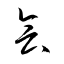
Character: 会